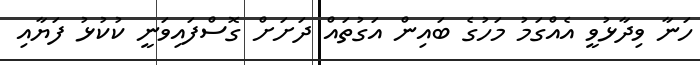
ހަނާ ވިދާޅުވީ އެއްގަމު މަހުގެ ބައިން އަގުތައް ދަށަށް ގޮސްފައިވަނީ ކުކުޅު ފަޔާއި